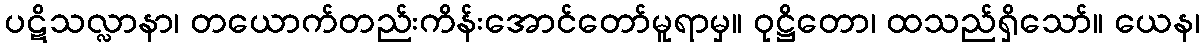
ပဋိသလ္လာနာ၊ တယောက်တည်းကိန်းအောင်တော်မူရာမှ။ ဝုဋ္ဌိတော၊ ထသည်ရှိသော်။ ယေန၊